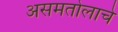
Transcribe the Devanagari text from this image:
असमतोलाचे